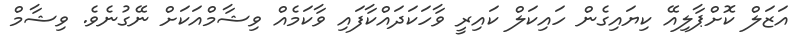
އަޒަލް ކޮށްޕާލިއޭ ކިޔައިގެން ހައިކަލް ކައިރީ ވާހަކަދައްކާފައި ވާކަމެއް ވިޝާމްއަކަށް ނޭގުނެވެ. ވިޝާމް